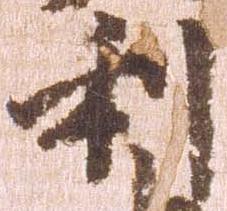
利